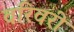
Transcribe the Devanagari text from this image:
वरिवरी